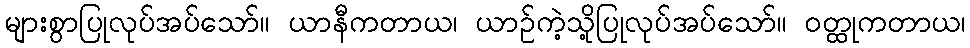
များစွာပြုလုပ်အပ်သော်။ ယာနီကတာယ၊ ယာဉ်ကဲ့သို့ပြုလုပ်အပ်သော်။ ဝတ္ထုကတာယ၊